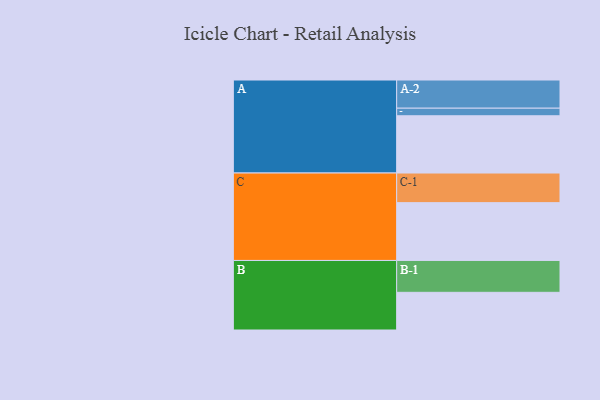
{"axis": {"x": "Segment", "y": "Value"}, "legend": ["", "A", "B", "C"], "data": [{"x": "A", "y": 512, "type": ""}, {"x": "B", "y": 337, "type": ""}, {"x": "C", "y": 517, "type": ""}, {"x": "A-1", "y": 68, "type": "A"}, {"x": "A-2", "y": 252, "type": "A"}, {"x": "B-1", "y": 285, "type": "B"}, {"x": "C-1", "y": 265, "type": "C"}]}